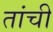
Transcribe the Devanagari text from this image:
तांची